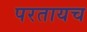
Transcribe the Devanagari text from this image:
परतायच